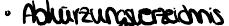
Abkürzungsverzeichnis